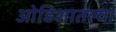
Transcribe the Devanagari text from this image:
ओडिशातल्या